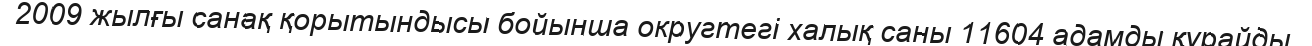
2009 жылғы санақ қорытындысы бойынша округтегі халық саны 11604 адамды құрайды.